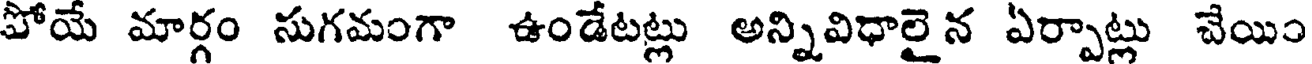
పోయే మార్గం సుగమంగా ఉండేటట్లు అన్నివిధాలై న ఏర్పాట్లు చేయిం